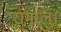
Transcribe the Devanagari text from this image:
रामालु।